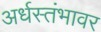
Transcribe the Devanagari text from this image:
अर्धस्तंभावर